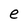
Character: e